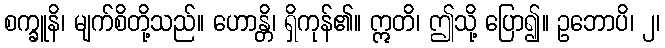
စက္ခူနိ၊ မျက်စိတို့သည်။ ဟောန္တိ၊ ရှိကုန်၏။ ဣတိ၊ ဤသို့ ပြော၍။ ဥဘောပိ၊ ၂၊